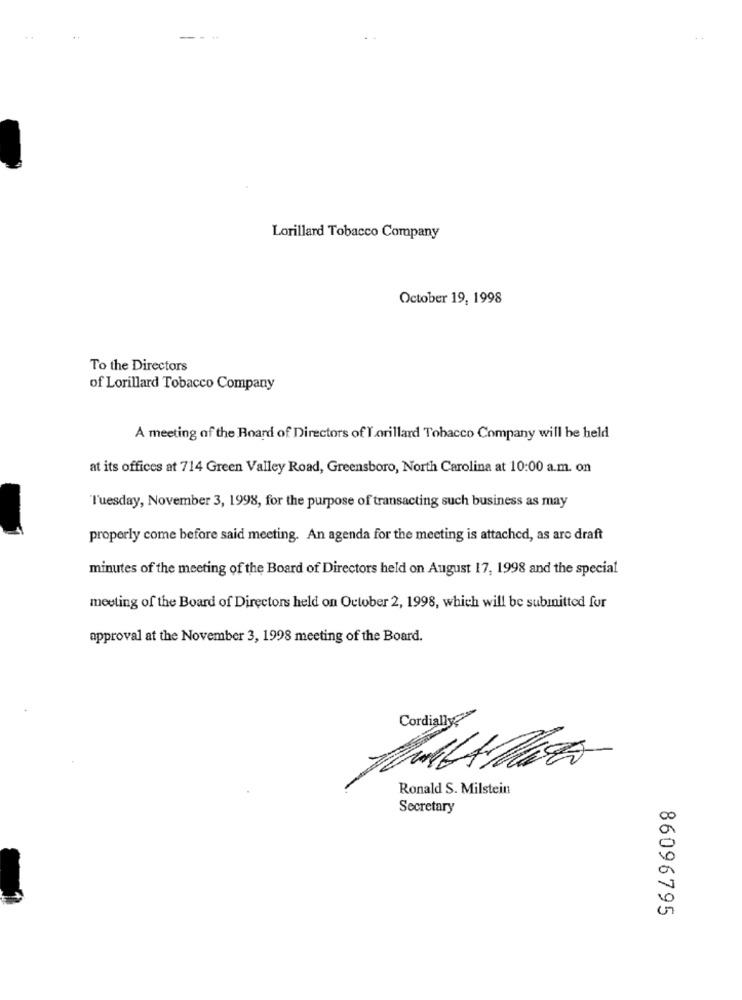
Lorillard Tobacco Company
October 19, 1998
To the Directors
of Lorillard Tobacco Company
A meeting of the Board of Directors of Lorillard Tobacco Company will be held
at its offices at 714 Green Valley Road, Greensboro, North Carolina at 10:00 a.m. on
Tuesday, November 3, 1998, for the purpose of transacting such business as may
properly come before said meeting. An agenda for the meeting is attached, as are draft
minutes of the meeting of the Board of Directors held on August 17, 1998 and the special
meeting of the Board of Directors held on October 2, 1998, which will be submitted for
approval at the November 3, 1998 meeting of the Board.
Cordiallyas
Ronald S. Milstein
Secretary
86096795